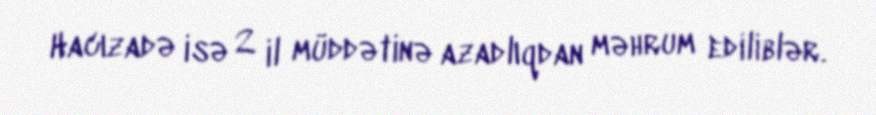
Hacızadə isə 2 il müddətinə azadlıqdan məhrum ediliblər.